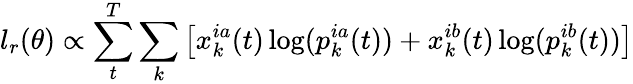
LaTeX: l_{r}(\theta)\propto\sum_{t}^{T}\sum_{k}\left[x_{k}^{ia}(t)\log(p_{k}^{ia}(t))+x_{k}^{ib}(t)\log(p_{k}^{ib}(t))\right]